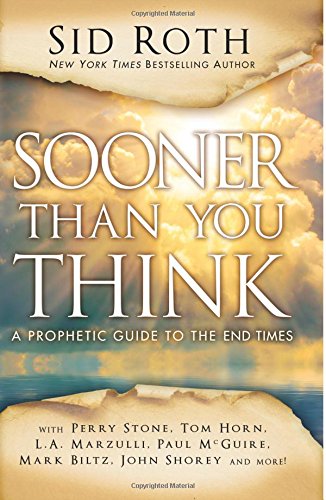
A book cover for Sooner Than You Think: A Prophetic Guide to the End Times; Sid Roth; Christian Books & Bibles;